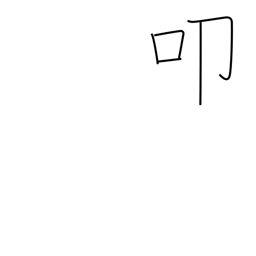
Meaning: kow tow